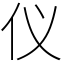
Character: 仪